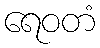
ရေဝတံ